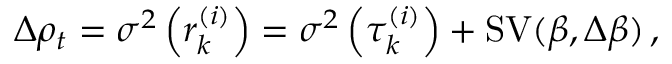
\Delta \rho _ { t } = \sigma ^ { 2 } \left( r _ { k } ^ { ( i ) } \right) = \sigma ^ { 2 } \left( \tau _ { k } ^ { ( i ) } \right) + \operatorname { S V } ( \beta , \Delta \beta ) \, ,